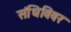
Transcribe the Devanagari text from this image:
संधिविवर